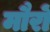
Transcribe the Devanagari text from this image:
मौरों